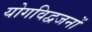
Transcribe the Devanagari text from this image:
योगविद्वजनों